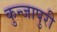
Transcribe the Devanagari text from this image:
कुन्जापुरी